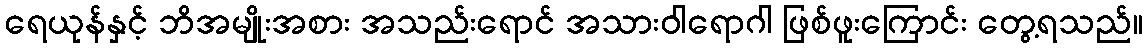
ရေယုန်နှင့် ဘိအမျိုးအစား အသည်းရောင် အသားဝါရောဂါ ဖြစ်ဖူးကြောင်း တွေ့ရသည်။